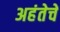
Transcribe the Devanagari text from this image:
अहंतेचे